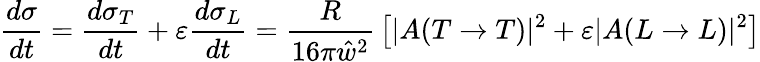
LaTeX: {\frac{d\sigma}{dt}}={\frac{d\sigma_{T}}{dt}}+\varepsilon{\frac{d\sigma_{L}}{dt}}={\frac{R}{16\pi\hat{w}^{2}}}\left[|A(T\rightarrow T)|^{2}+\varepsilon|A(L\rightarrow L)|^{2}\right]